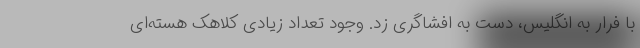
با فرار به انگلیس، دست به افشاگری زد. وجود تعداد زیادی کلاهک هسته‌ای